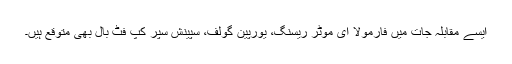
ایسے مقابلہ جات میں فارمولا ای موٹر ریسنگ، یورپین گولف، سپینش سپر کپ فٹ بال بھی متوقع ہیں۔